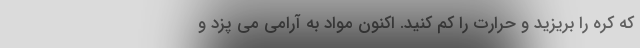
که کره را بریزید و حرارت را کم کنید. اکنون مواد به آرامی می پزد و